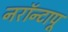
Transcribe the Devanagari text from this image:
नरॉन्टापू